Vaccination Hyderabad 1872-1889 - 1872-1889
Year: 1872
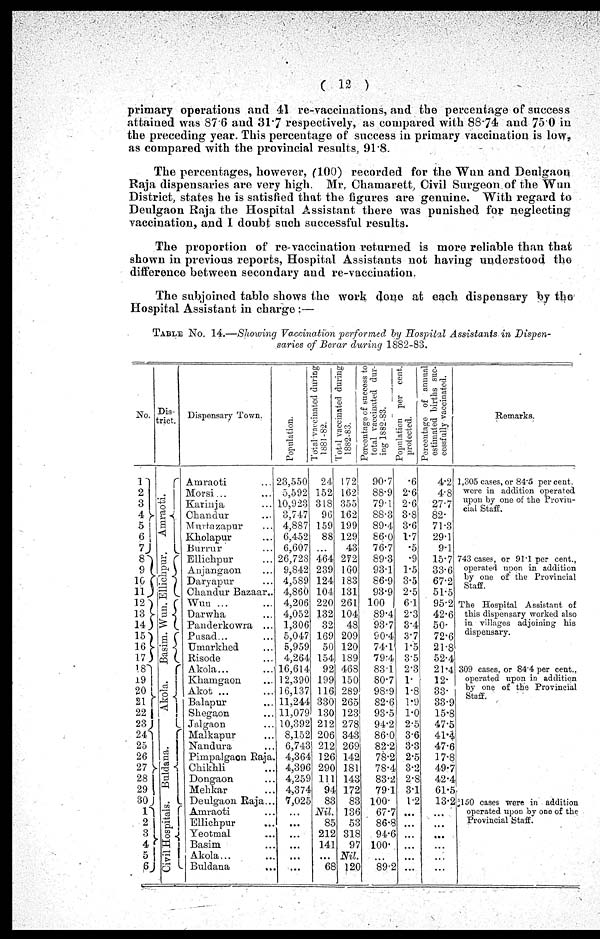
(12)
primary operations and 41 re-vaccinations, and the percentage of success
attained was 87.6 and 31.7 respectively, as compared with 88.74 and 75.0 in
the preceding year. This percentage of success in primary vaccination is low,
as compared with the provincial results, 91.8.
The percentages, however, (100) recorded for the Wun and Deulgaon
Raja dispensaries are very high. Mr, Chamarett, Civil Surgeon. of the Wun
District, states he is satisfied that the figures are genuine. With regard to
Deulgaon Raja the Hospital Assistant there was punished for neglecting
vaccination, and I doubt such successful results.
The proportion of re-vaccination returned is more reliable than that
shown in previous reports, Hospital Assistants not having understood the
difference between secondary and re-vaccination.
The subjoined table shows the work done at each dispensary by the'
Hospital Assistant in charge:—
TABLE No. 14.—Showing Vaccination performed by Hospital Assistants. in Dispen-
saries of Berar during 1882-83.
No.
1
2
3
4 5
6
7
8
9
10
11
12
13
14
15
16
17
18
19
20
21
22
23
24
25
26
27
28
29
30
1
2
3
4
5
6
Dis-
trict.
Amraoti.
Elliclipur.
Wun.
Basim.
Akola.
Buldana.
Civil Hospitals.
Dispensary Town.
Amraoti ...
Morsi...
Karinja ...
Chandur ...
Murtazapur ...
Kholapur ...
Burrur ...
Elliclipur ...
Anjangaon ...
Daryapur ...
Chandur Bazaar..
Wuu ... ...
Darwha ...
Panderkowra ...
Pusad... ...
Umarkhed ...
Risode ...
Akola... ...
Khamgaon ...
Akot ... ...
Balapur ...
Shegaon ...
Jalgaon ...
Malkapur ...
Nandura ...
Pimpalgaon Raja.
Chikhli ...
Dongaon ...
Mehkar ...
Deulgaon Rana...
Amraoti ...
Ellichpur ...
Yeotmal ...
Basim ...
Akola... ...
Buldana
...
Population.
23,550
5,592
10,923
3,747
4,887
6,452
6,607
26,728
9,842
4,589
4,860
4,206
4,052
1,306
5,047
5,959
4,264
16,614
12,390
16,137
11,244
11,079
10,392
8,152
6,743
4,364
4,396
4,259
4,374
7,025
...
...
...
...
...
...
Total vaccinated during
1881-82.
24
152
318
96
159
88
...
464
239
124
104
220
132
32
169
50
154
92
199
116
330
130
212
206
212
126
290
111
94
83
Nil.
85
212
141
...
68
Total vaccinated during
1882-83.
172
162
355
162
199
129
43
272
160
183
131
261
104
48
209
120
189
468
150
289
265
123
278
343
269
142
181
143
172
83
136
53
318
97
Nil.
120
Percentage of success to
total vaccinated dur-
ing 1882-83.
90.7
88.9
79.1
88.3
89.4
86.0
76.7
89.3
93.1
86.9
93.9
100
89.4
93.7
90.4
74.1
79.4
83.1
80.7
98.9
82.6
93.5
94.2
86.0
82.2
78.2
78.4
83.2
79.1
100.
67.7
86.8
94.8
100.
...
89.2
Population per cent.
protected.
.6
2.6
2.6
3.8
3.6
1.7
.5
.9
1.5
3.5
2.5
6.1
2.3
3.4
3.7
1.5
3.5
2.3
1.
1.8
1.9
1.0
2.5
3.6
3.3
2.5
3.2
2.8
3.1
1.2
...
...
...
...
...
...
Percentage of annual
estimated births suc-
cessfully vaccinated.
4.2
4.8
27.7
82.
71.3
29.1
9.1
15.7
33.6
67.2
51.5
95.2
42.6
50.
72.6
21.8
52.4
21.4
12.
33.
33.9
15.8
47.5
41.4
47.6
17.8
49. 7
42.4
61.5
13.2
...
...
...
...
...
...
Remarks.
1,305 cases, or 84.5 per cent.
were in addition operated
upon by one of the Provin-
cial Staff.
743 cases, or 91.1 per cent.,
operated upon in addition
by one of' the Provincial
Staff.
The Hospital Assistant of
this dispensary worked also
in villages adjoining his
dispensary.
309 cases, or 84.4 per cent.,
operated upon in addition
by one of the Provincial
Staff.
150 cases were in addition
operated upon by one of the
Provincial Staff.